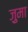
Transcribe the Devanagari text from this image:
ज़ुमा